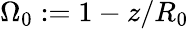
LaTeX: \Omega_{0}:=1-z/R_{0}